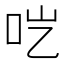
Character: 𱒉